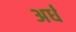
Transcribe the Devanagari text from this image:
अर्धं